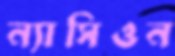
ন্যাসিওন